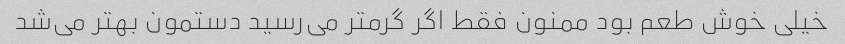
خیلی خوش طعم بود ممنون فقط اگر گرمتر می‌رسید دستمون بهتر می‌شد